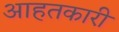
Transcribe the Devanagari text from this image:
आहतकारी